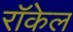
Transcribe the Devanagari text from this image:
राॅकेल